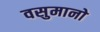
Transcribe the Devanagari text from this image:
वसुमानो